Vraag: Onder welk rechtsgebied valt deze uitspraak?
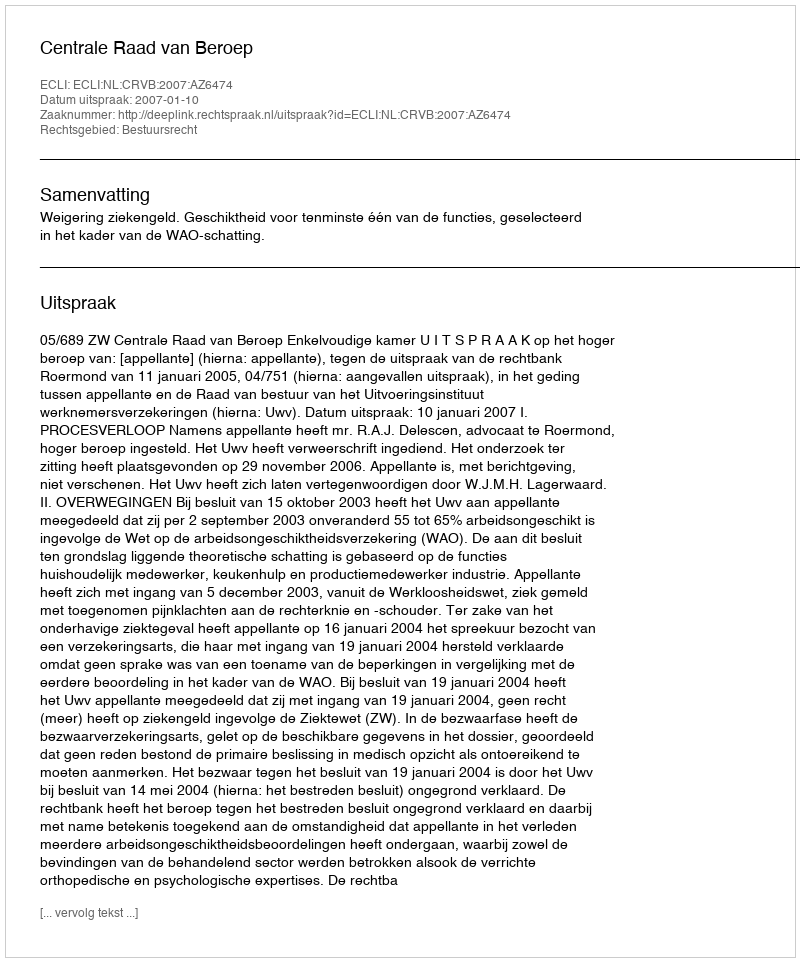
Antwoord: Bestuursrecht